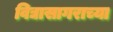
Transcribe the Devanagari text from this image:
विद्यासागराच्या